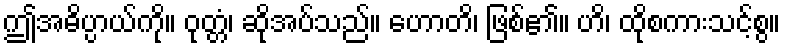
ဤအဓိပ္ပာယ်ကို။ ဝုတ္တံ၊ ဆိုအပ်သည်။ ဟောတိ၊ ဖြစ်၏။ ဟိ၊ ထိုစကားသင့်စွ။